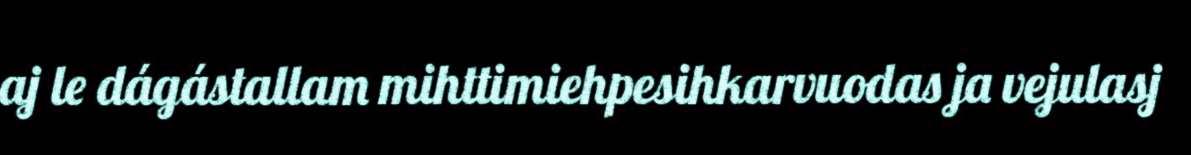
aj le dágástallam mihttimiehpesihkarvuodas ja vejulasj